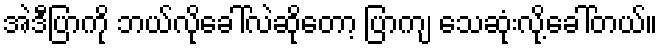
အဲဒီပြာကို ဘယ်လိုခေါ်လဲဆိုတော့ ပြာကျ သေဆုံးလို့ခေါ်တယ်။